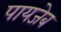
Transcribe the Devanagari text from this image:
पायजेब